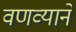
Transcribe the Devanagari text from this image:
वणव्याने